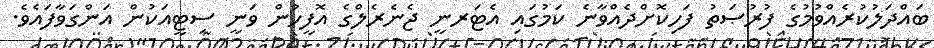
ބައްދަލުކުރެއްވުމުގެ ފުރުޞަތު ފަހިކޮށްދެއްވާނެ ކަމުގައި އެޓަރނީ ޖެނެރެލްގެ އޮފީހުން ވަނީ ސިޓީއަކުން އަންގަވާފައެވެ.